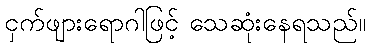
ငှက်ဖျားရောဂါဖြင့် သေဆုံးနေရသည်။